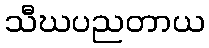
သီဃပညတာယ